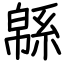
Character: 緜